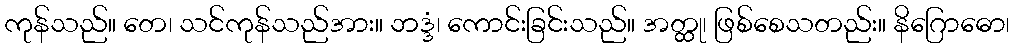
ကုန်သည်။ တေ၊ သင်ကုန်သည်အား။ ဘဒ္ဒံ၊ ကောင်းခြင်းသည်။ အတ္ထု၊ ဖြစ်စေသတည်း။ နိဂြောဓော၊